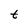
Character: t